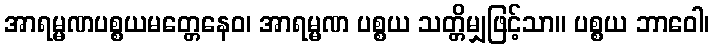
အာရမ္မဏပစ္စယမတ္တေနေဝ၊ အာရမ္မဏ ပစ္စယ သတ္တိမျှဖြင့်သာ။ ပစ္စယ ဘာဝေါ၊